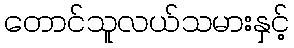
တောင်သူလယ်သမားနှင့်